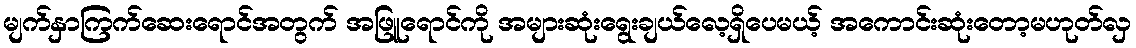
မျက်နှာကြက်ဆေးရောင်အတွက် အဖြူရောင်ကို အများဆုံးရွေးချယ်လေ့ရှိပေမယ့် အကောင်းဆုံးတော့မဟုတ်လှ